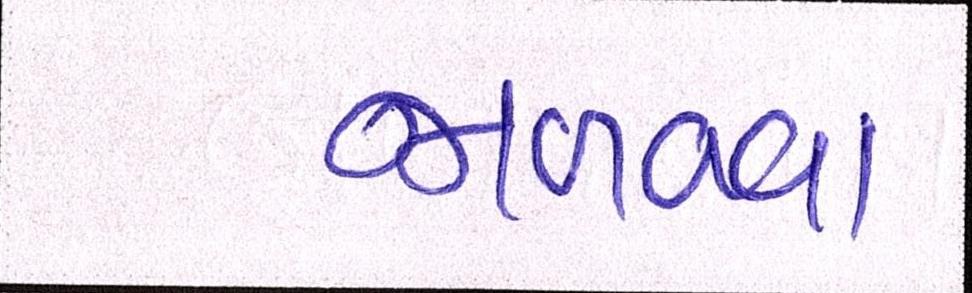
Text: જાળવવા